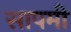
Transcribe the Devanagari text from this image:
सापमी